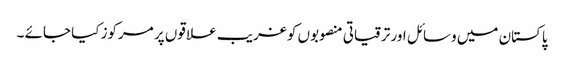
پاکستان میں وسائل اور ترقیاتی منصوبوں کو غریب علا قوں پر مرکوز کیا جائے ۔